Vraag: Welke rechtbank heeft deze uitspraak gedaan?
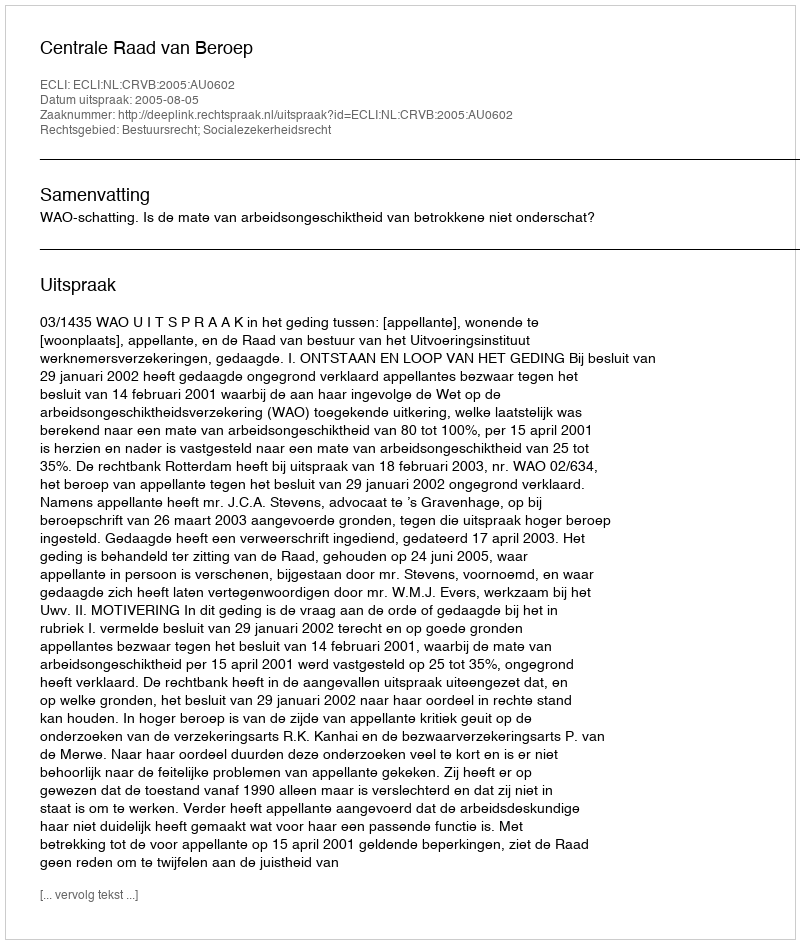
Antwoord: Centrale Raad van Beroep